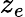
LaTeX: z_{e}